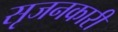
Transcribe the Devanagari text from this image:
सृजनकारी